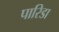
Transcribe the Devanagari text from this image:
पारिडा